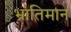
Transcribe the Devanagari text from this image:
भ्रांतिमान